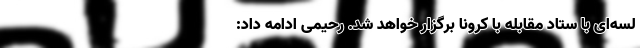
لسه‌ای با ستاد مقابله با کرونا برگزار خواهد شد. رحیمی ادامه داد: